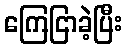
ကြေငြာခဲ့ပြီး